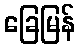
ခြေမြန်